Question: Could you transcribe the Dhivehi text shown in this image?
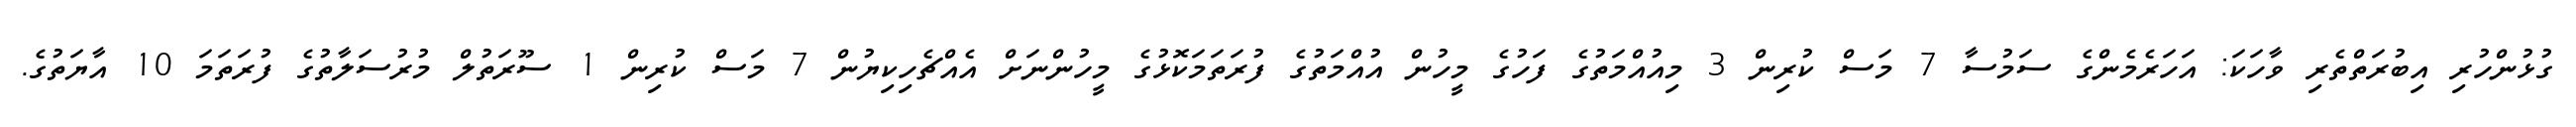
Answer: ގުޅުންހުރި އިބުރަތްތެރި ވާހަކަ: އަހަރެމެންގެ ސަމުސާ 7 މަސް ކުރިން 3 މިއުއްމަތުގެ ފަހުގެ މީހުން އުއްމަތުގެ ފުރަތަމަކޮޅުގެ މީހުންނަށް އެއްޗެހިކިޔުން 7 މަސް ކުރިން 1 ސޫރަތުލް މުރުސަލާތުގެ ފުރަތަމަ 10 އާޔަތުގެ.